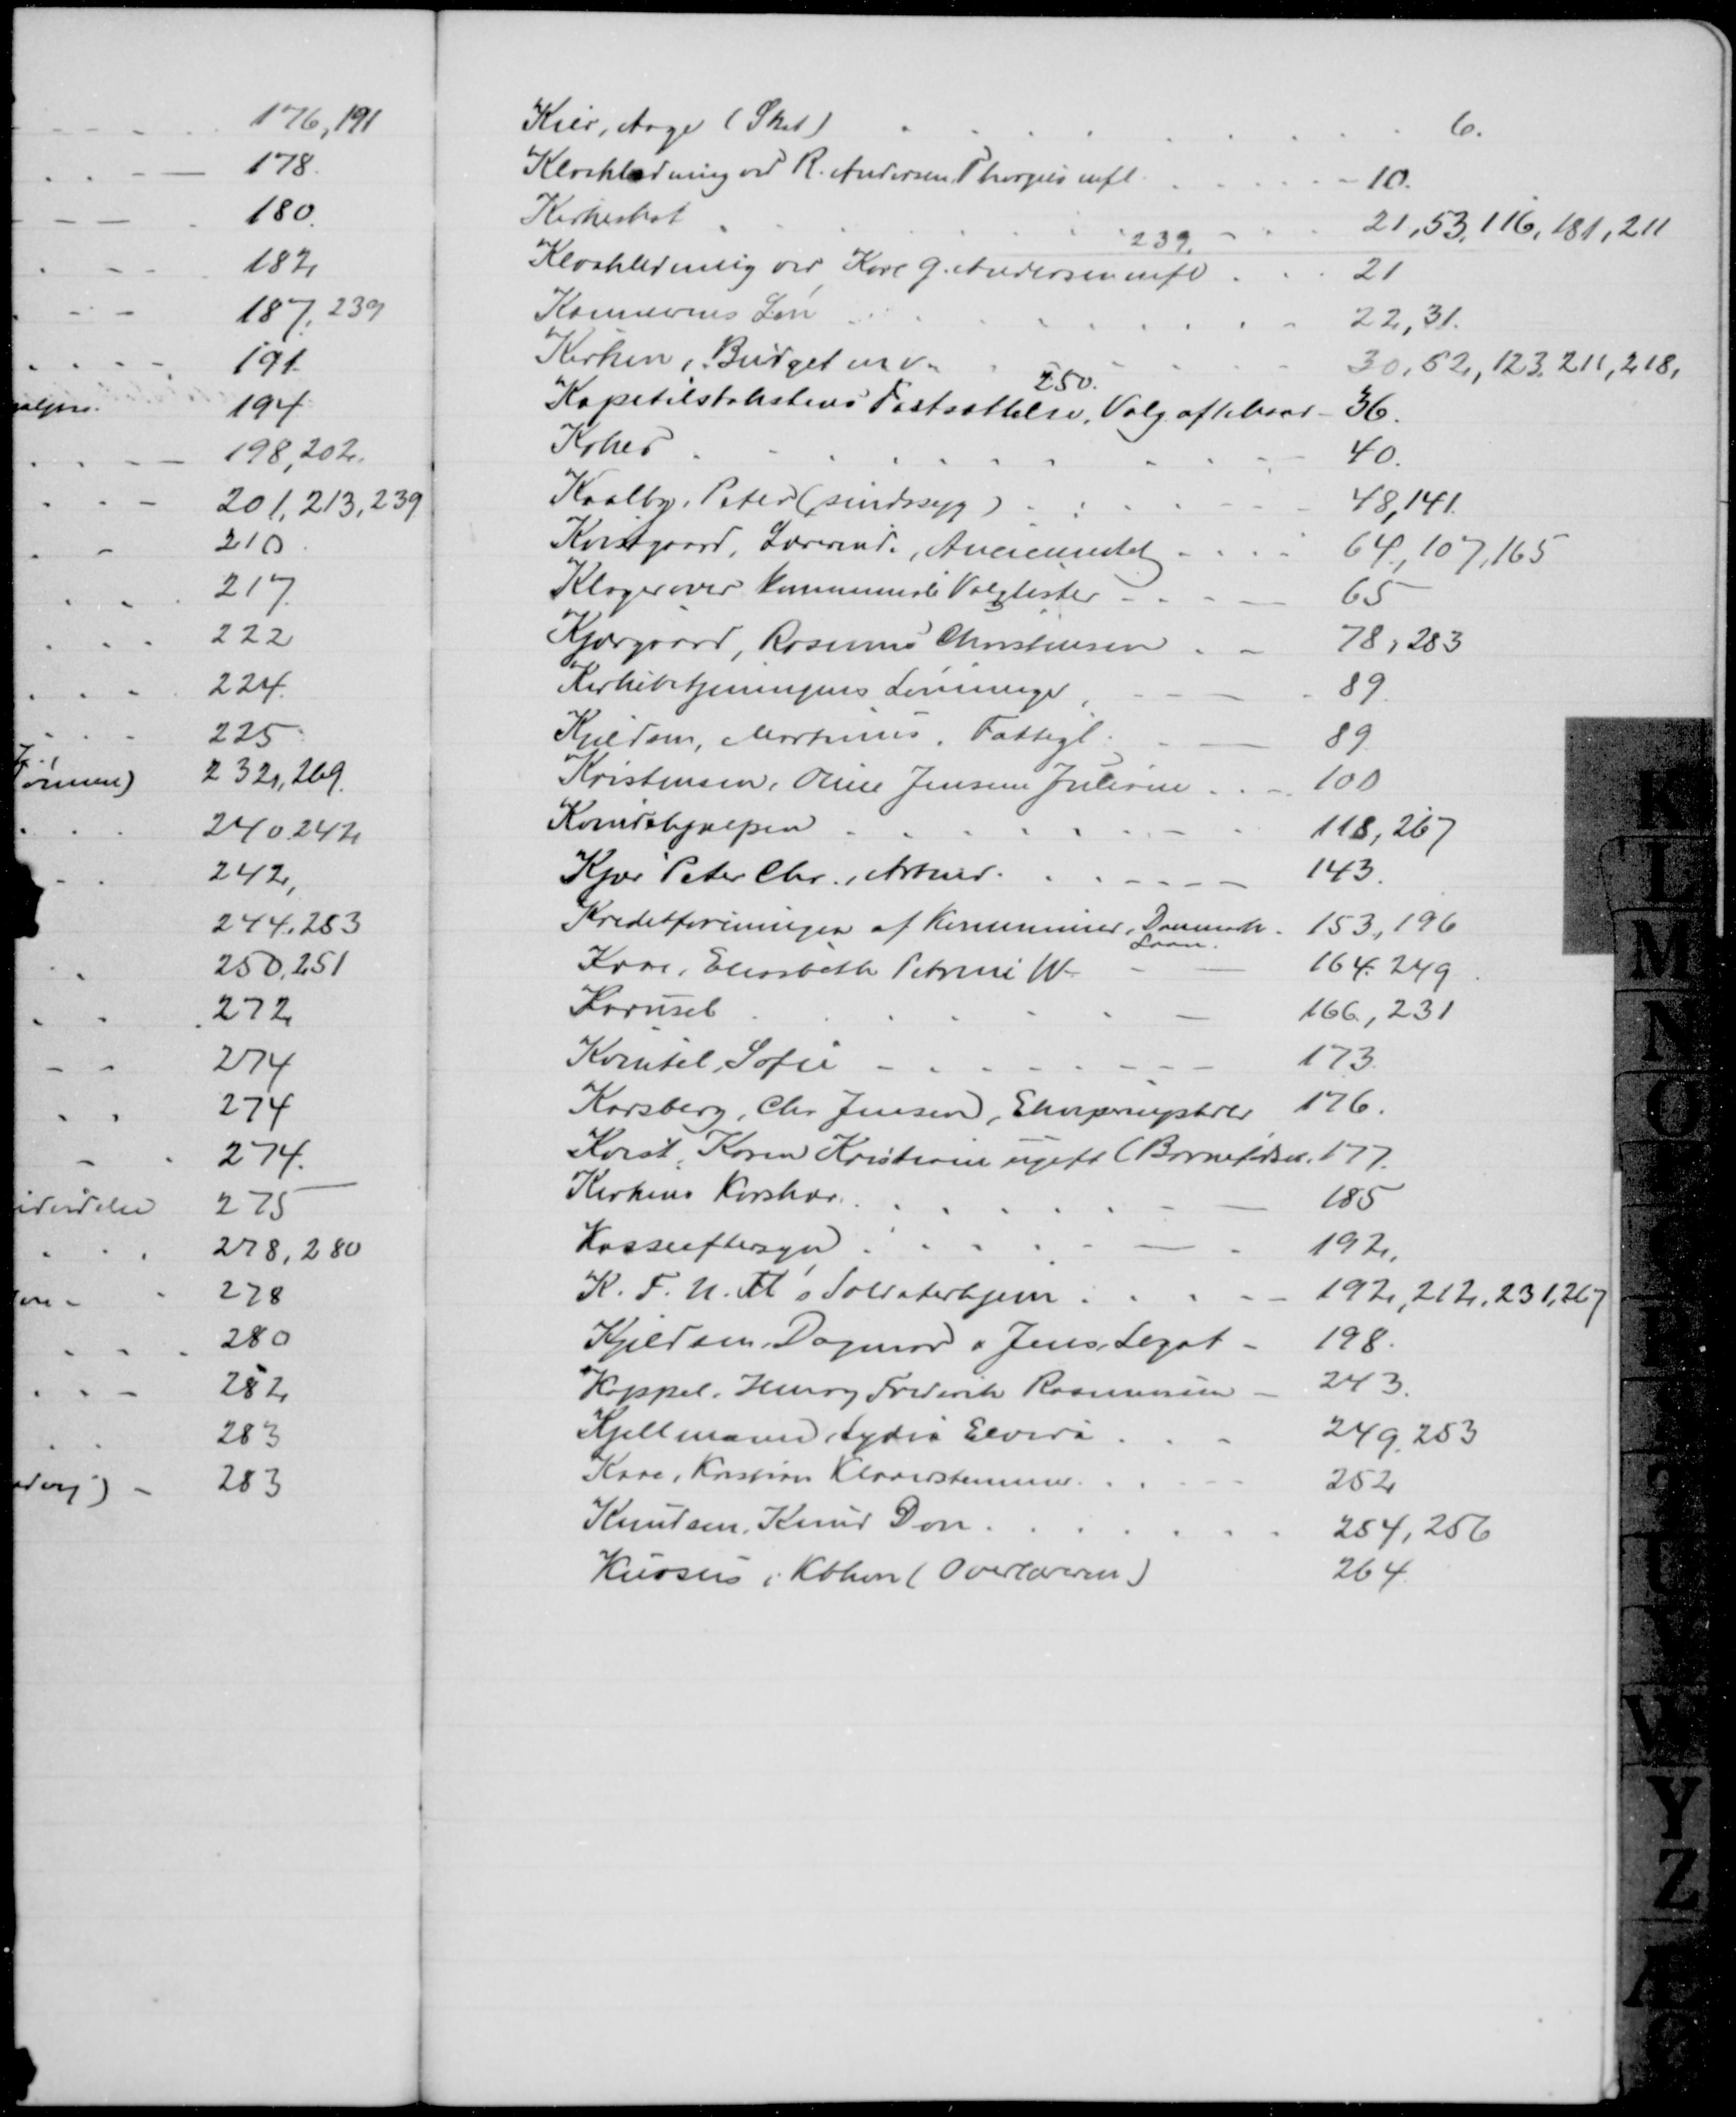
Transskription:
Kier, Aage (Skat)
6
Kloakledning ved R. Andersen Thorgils mfl.
10.
Kirkeskat
21,53,116, 181, 211
Kloakledning ved Karl G. Andersen mfl
21
Kæmnerens Løn
22, 31
Kirken, Budget mv.
30, 52, 123, 211, 218,
250.
Kapitelstakstens Fastsættelse, Valg af 1 Mand
36
Kokes
40
Kaalby, Peter (sindssyg)
48,141.
Kvistgaard, Lærerinde, Ancinitet
64,107, 165
Klager over Kommunale Valglister 
65
Kjærgaard, Rasmus Christensen
78, 283
Kirkebetjeningens Lønninger
89
Kjeldsen, Martinus, Fattigl.
89
Kristensen, Oline Jensine Juliane
100
Kvindehjælpen
118, 267
Kjær Peter Chr., Arbmd.
143
Kreditforeningen af Kommuner, Danmark
Laan.
153, 196
Kaae, Elisabeth Petrine W
164. 249
Karusel
166, 231
Kvintel, Sofie
173
Karsberg, Chr. Jensen, Ekviperingshdlr
176
Kvist, Karen Kristiane ugift (Barnefødsel, 177.
Kirkens Korshær
185
Kasseeftersyn
192
K. F. U. M's Soldaterhjem
192, 212, 231,267
Kjeldsen. Dagmar & Jens, Legat
198
Koppel, Henry Frederik Rasmussen
243
Kjellmann, Lydia Elvira
249, 253
Kaae, Kristian Klaverstemmer
252
Knudsen, Knud Dan
254, 256
Kursus i Kbhvn (Overlæreren)
264